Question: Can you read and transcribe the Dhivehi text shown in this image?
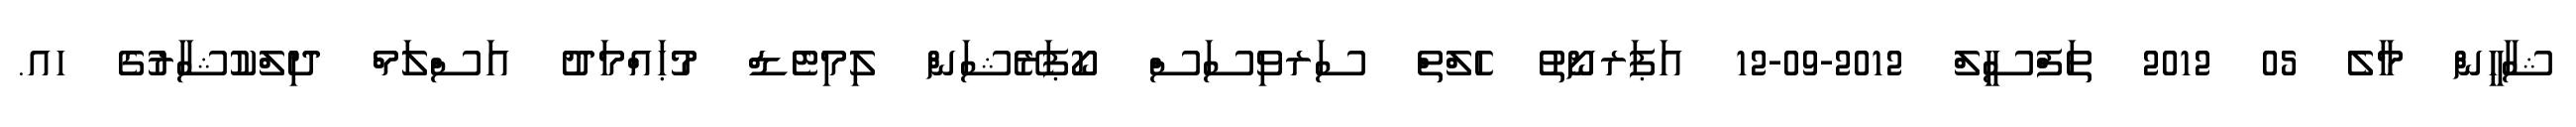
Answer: ޝާހީން މާލެ 05 2012 ތަފްސީލް 2012-09-12 އަޕަރނޯތު ހެލްތް ސަރވިސަސް ކޯޕަރޭޝަން ލިމިޓެޑް މުޙައްމަދު އަސްލަމް ދިލްކުޝާރުގެ ހއ.